Annual report on the Civil Veterinary Department, Burma (including the Insein Veterinary School) - 1910-1922
Year: 1910
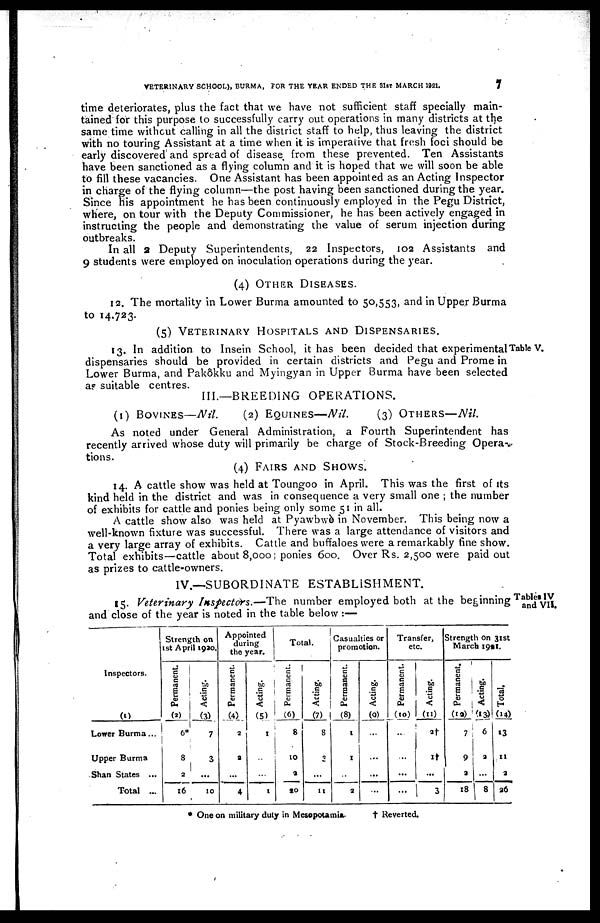
VETERINARY SCHOOL), BURMA, FOR THE YEAR ENDED THE 31»T MARCH 1921.
7
time deteriorates, plus the fact that we have not sufficient staff specially main-
tained for this purpose to successfully carry out operations in many districts at the
same time without calling in all the district staff to help, thus leaving the district
with no touring Assistant at a time when it is imperative that fresh foci should be
early discovered and spread of disease, from these prevented. Ten Assistants
have been sanctioned as a flying column and it is hoped that we will soon be able
to fill these vacancies. One Assistant has been appointed as an Acting Inspector
in charge of the flying column—the post having been sanctioned during the year.
Since his appointment he has been continuously employed in the Pegu District,
where, on tour with the Deputy Commissioner, he has been actively engaged in
instructing the people and demonstrating the value of serum injection during
outbreaks.
In all 2 Deputy Superintendents, 22 Inspectors, 102 Assistants and
9 students were employed on inoculation operations during the year.
(4) OTHER DISEASES.
12. The mortality in Lower Burma amounted to 50,553, and in Upper Burma
to 14,723.
(5) VETERINARY HOSPITALS AND DISPENSARIES.
Table V.
13. In addition to Insein School, it has been decided that experimental
dispensaries should be provided in certain districts and Pegu and Prome in
Lower Burma, and Pakôkku and Myingyan in Upper Burma have been selected
as suitable centres.
III.—BREEDING OPERATIONS.
(1) BOVINES—Nil.
(2) EQUINES—Nil. (3) OTHERS—Nil.
As noted under General Administration, a Fourth Superintendent has
recently arrived whose duty will primarily be charge of Stock-Breeding Opera-
tions.
(4) FAIRS AND SHOWS.
14. A cattle show was held at Toungoo in April. This was the first of its
kind held in the district and was in consequence a very small one ; the number
of exhibits for cattle and ponies being only some 51 in all.
A cattle show also was held at Pyawbwè in November. This being now a
well-known fixture was successful. There was a large attendance of visitors and
a very large array of exhibits. Cattle and buffaloes were a remarkably tine show.
Total exhibits—cattle about 8,000; ponies 600. Over Rs. 2,500 were paid out
as prizes to cattle-owners.
IV.—SUBORDINATE ESTABLISHMENT.
Tables IV
and VII.
15. Veterinary Inspectors.—The number employed both at the beginning
and close of the year is noted in the table below :—
Inspectors.
(1)
Lower Burma...
Upper Burma
Shan States ...
Total ...
Strength on
1st April 1930.
Permanent.
(2)
6*
8
2
16
Acting.
(3)
7
3
...
10
Appointed
during
the year.
Permanent.
(4)
2
2
...
4
Acting.
(5)
1
...
...
1
Total.
Permanent.
(6)
8
10
2
20
Acting.
(7)
8
3
...
11
Casualties or
promotion.
Permanent.
(8)
1
1
..
2
Acting.
(0)
...
...
...
...
Transfer,
etc.
Permanent.
(10)
...
...
...
...
Acting.
(11)
2†
1†
...
3
Strength On 31st
March 1921.
Permanent,
(12)
7
9
2
18
Acting.
(13)
6
2
...
8
Total.
(14)
13
11
2
26
* One on military duty in Mesopotamia.
† Reverted.